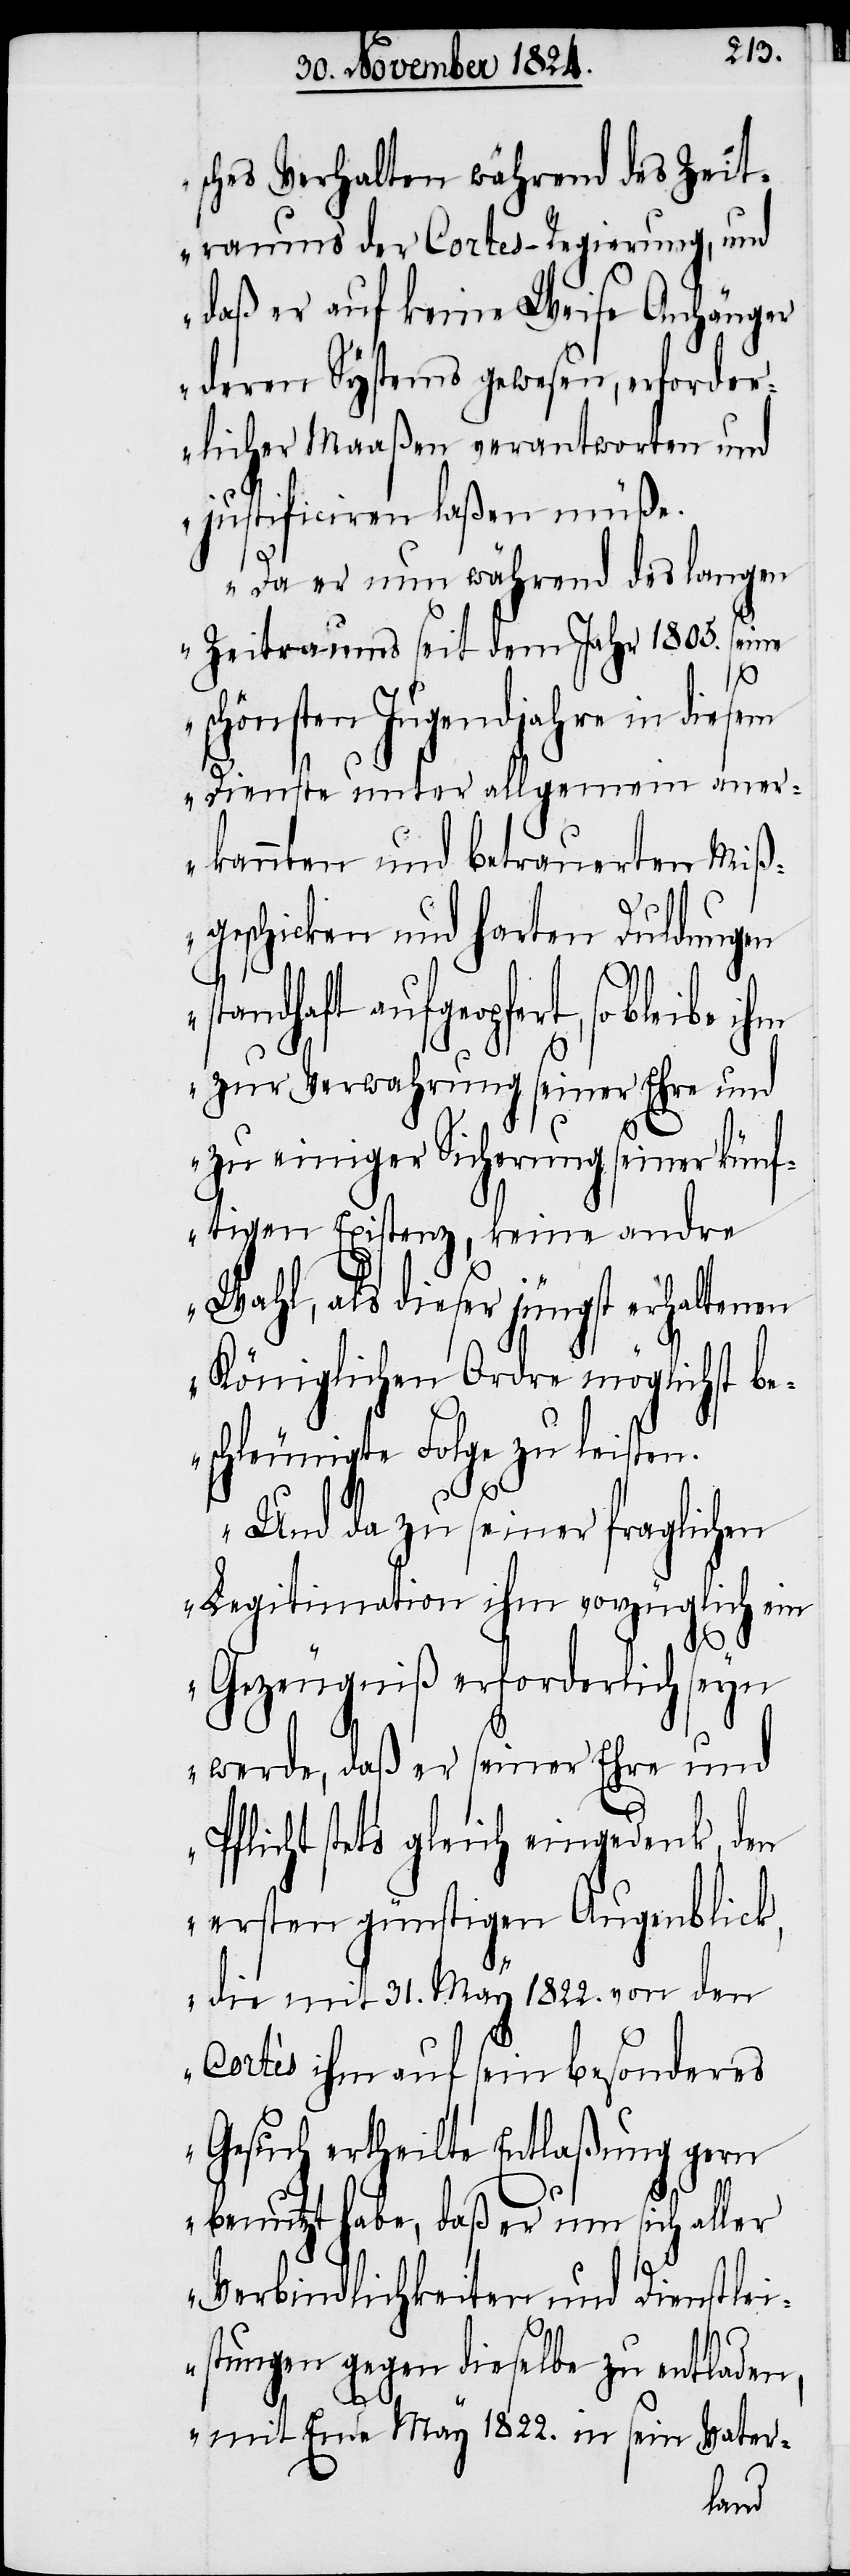
sches Verhalten während des Zeit¬
raums der Cortes-Regierung, und
daß er auf keine Weise Anhänger
deren Systems gewesen, erforder¬
licher Maaßen verantworten und
justificiren laßen müße.
Da er nun während des langen
Zeitraums seit dem Jahr 1805. seine
schönsten Jugendjahre in diesem
Dienste unter allgemein aner¬
kannten und betrauerten Miß¬
geschicken und harten Duldungen
standhaft aufgeopfert, so bleibe
zur Verwahrung seiner Ehre und
zu einiger Sicherung seiner künf¬
tigen Existenz, keine andre
Wahl, als dieser jüngst erhaltenen
Königlichen Ordre möglichst be¬
schleunigte Folge zu leisten.
Und da zu seiner fraglichen
Legitimation ihm vorzüglich ein
Gezeugniß erforderlich seyn
werde, daß er seiner Ehre und
flicht stets gleich eingedenk, den
ersten günstigen Augenblick,
die mit 31. May 1822. von dem
Cortès ihm auf sein besonderes
Gesuch ertheilte Entlaßung gern
benutzt habe, daß er um sich aller
Verbindlichkeiten und Dienstlei¬
stungen gegen dieselbe zu entladen,
P¬
mit Ende May 1822. in sein Vater-